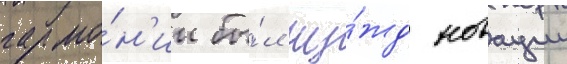
гармо́н'ии бы́л чу́жд новации